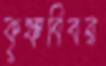
কৃষ্ণবিবর